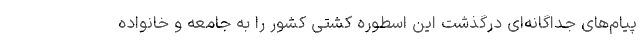
پیام‌های جداگانه‌ای درگذشت این اسطوره کشتی کشور را به جامعه و خانواده